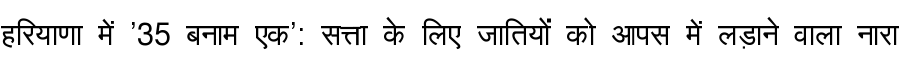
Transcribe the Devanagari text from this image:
हरियाणा में '35 बनाम एक': सत्ता के लिए जातियों को आपस में लड़ाने वाला नारा